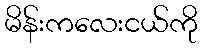
မိန်းကလေးငယ်ကို